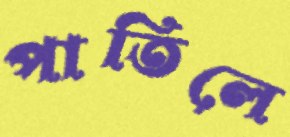
পাতিলে